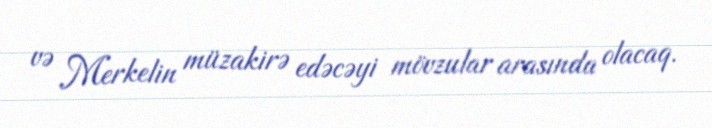
və Merkelin müzakirə edəcəyi mövzular arasında olacaq.